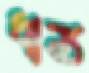
ধান্য